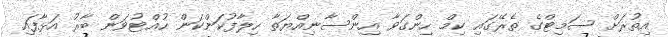
އިތުރަށް ސަމިޓްގެ ތެރޭގައި ކިމް ހިންގަވާ އިންސާނިއްޔަތާ ހިލާފުކަންކަން ހުއްޓުވަން ބާރު އަޅާފައި